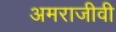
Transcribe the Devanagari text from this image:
अमराजीवी